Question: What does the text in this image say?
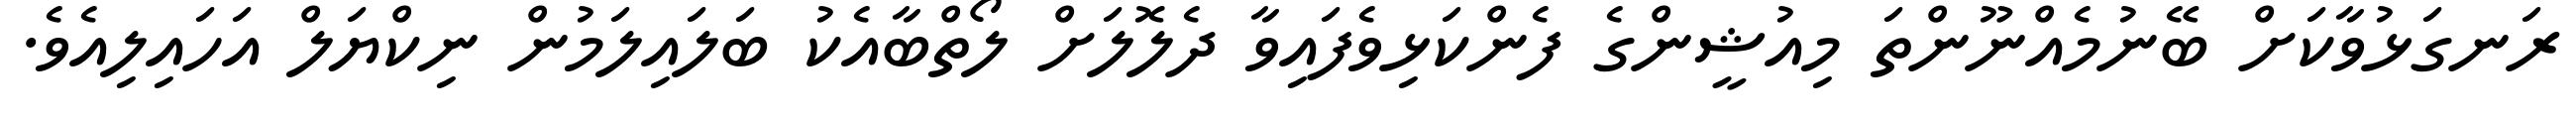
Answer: ރަނގަޅުވާކަށް ބޭނުމެއްނޫންތަ މިއުޝީންގެ ފެންކަޅިވެފައިވާ ދެލޮލަށް ލޯތްބާއެކު ބަލައިލަމުން ނިކްޔަލް އަހައިލިއެވެ.